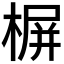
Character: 𣖕